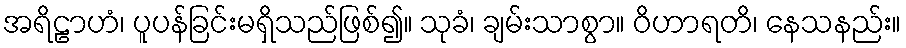
အရိဠာဟံ၊ ပူပန်ခြင်းမရှိသည်ဖြစ်၍။ သုခံ၊ ချမ်းသာစွာ။ ဝိဟာရတိ၊ နေသနည်း။